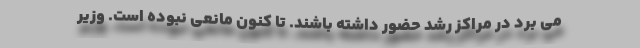
می برد در مراکز رشد حضور داشته باشند. تا کنون مانعی نبوده است. وزیر